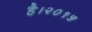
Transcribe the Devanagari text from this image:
है।२०१५